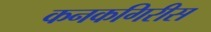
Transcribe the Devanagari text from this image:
कनकगिरीस